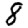
Digit: 8